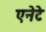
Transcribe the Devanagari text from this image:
एनेटे